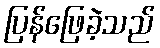
ပြန်ဖြေခဲ့သည်